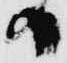
日